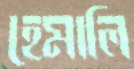
হেমালি